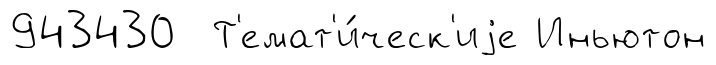
943430 Т'емат'и́ческ'иjе Иньютон